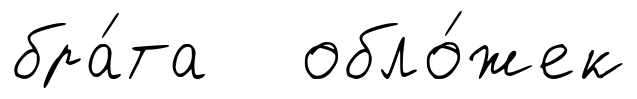
бра́та обло́жек